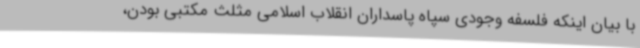
با بیان اینکه فلسفه وجودی سپاه پاسداران انقلاب اسلامی مثلث مکتبی بودن،